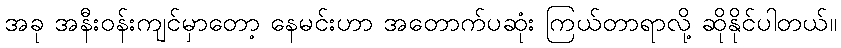
အခု အနီးဝန်းကျင်မှာတော့ နေမင်းဟာ အတောက်ပဆုံး ကြယ်တာရာလို့ ဆိုနိုင်ပါတယ်။